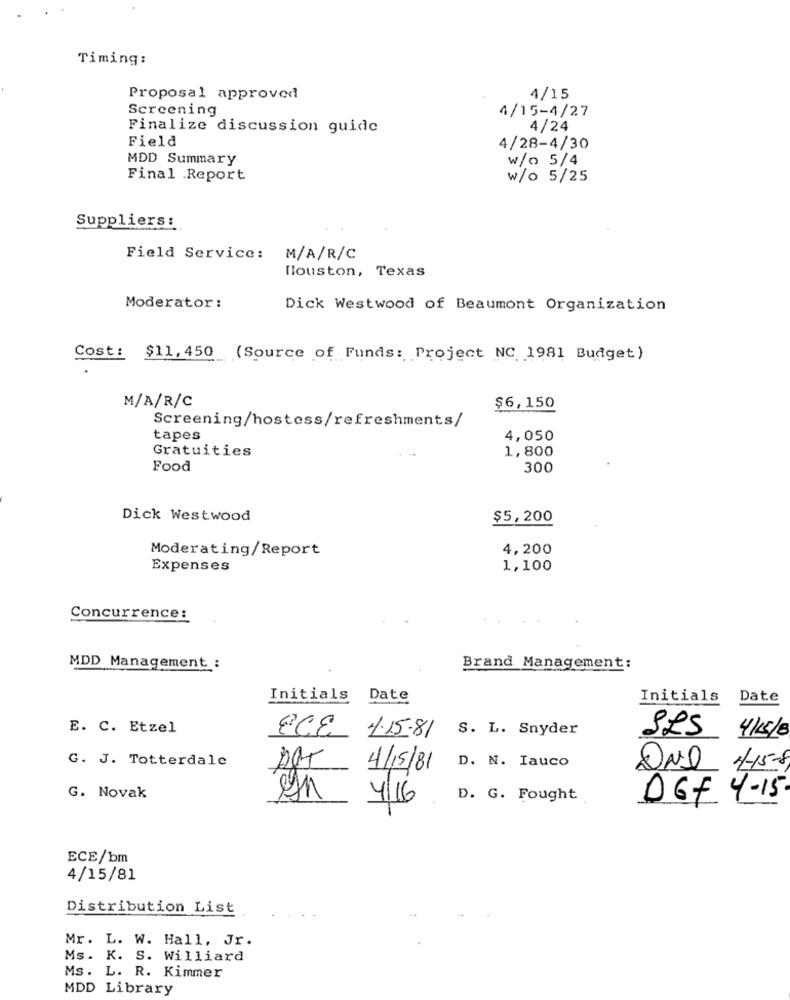
Timing:
Proposal approved
4/15
Screening
4/15-4/27
Finalize discussion guide
4/24
Field
4/28-4/30
MDD Summary
w/o 5/4
Final .Report
w/o 5/25
Suppliers:
Field Service: M/A/R/C
Houston, Texas
Moderator:
Dick Westwood of Beaumont Organization
Cost: $11,450 (Source of Funds: Project NC 1981 Budget)
M/A/R/C
$6,150
Screening/hostess/refreshments/
tapes
4,050
Gratuities
1,800
Food
300
Dick Westwood
$5,200
Moderating/Report
4,200
Expenses
1,100
Concurrence:
MDD Management :
Brand Management:
Initials Date
Initials
Date
E. C. Etzel
S. L. Snyder
SLS
4/5/8
ECE +15-81
G. J. Totterdale
4/15/81 D. N. Iauco
ONl
14-15-8
G. Novak
4/16
D. G. Fought
DGF 4-15
ECE/bm
4/15/81
Distribution List
Mr. L. W. Hall, Jr.
Ms. K. S. Williard
Ms. L. R. Kimmer
MDD Library